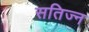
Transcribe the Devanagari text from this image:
सतिज्न